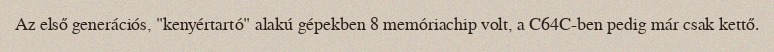
Az első generációs, "kenyértartó" alakú gépekben 8 memóriachip volt, a C64C-ben pedig már csak kettő.